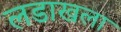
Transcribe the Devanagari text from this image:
लडाखला